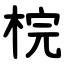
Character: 梡